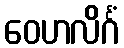
ဝေဟလိင်္ဂံ